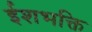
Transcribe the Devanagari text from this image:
ईशभक्ति